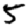
Digit: 5